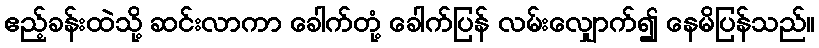
ဧည့်ခန်းထဲသို့ ဆင်းလာကာ ခေါက်တုံ့ ခေါက်ပြန် လမ်းလျှောက်၍ နေမိပြန်သည်။